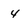
Character: 4